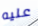
عليه